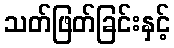
သတ်ဖြတ်ခြင်းနှင့်